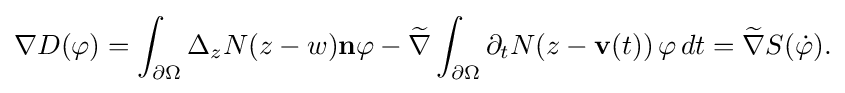
\displaystyle {\nabla D(\varphi )=\int _{\partial \Omega }\Delta _{z}N(z-w)\mathbf {n} \varphi -{\widetilde {\nabla }}\int _{\partial \Omega }\partial _{t}N(z-\mathbf {v} (t))\,\varphi \,dt={\widetilde {\nabla }}S({\dot {\varphi }}).}